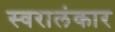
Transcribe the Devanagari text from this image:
स्वरालंकार